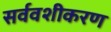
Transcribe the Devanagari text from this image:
सर्ववशीकरण